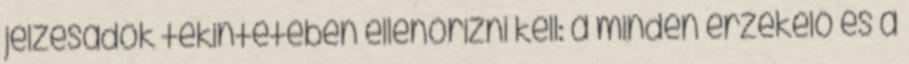
jelzésadók tekintetében ellenõrizni kell: a minden érzékelõ és a